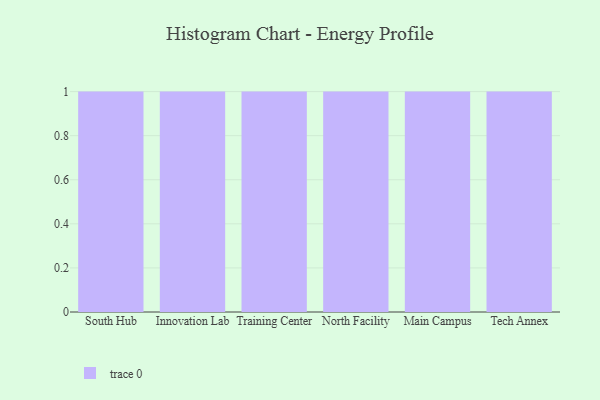
{"axis": {"x": "Campus", "y": "Population (Million)"}, "legend": [""], "data": [{"x": "South Hub", "y": 34, "type": ""}, {"x": "Innovation Lab", "y": 67, "type": ""}, {"x": "Training Center", "y": 96, "type": ""}, {"x": "North Facility", "y": 73, "type": ""}, {"x": "Main Campus", "y": 90, "type": ""}, {"x": "Tech Annex", "y": 39, "type": ""}]}